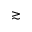
\gtrsim